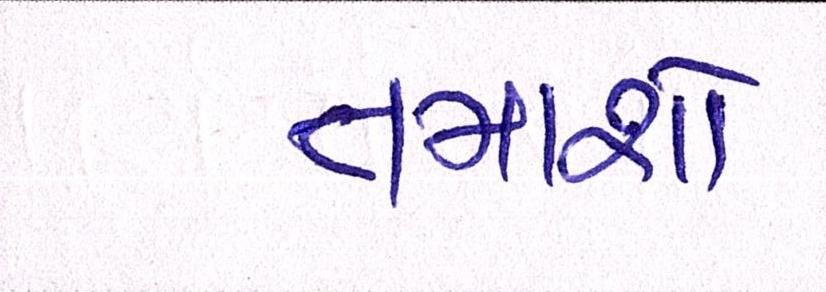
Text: તમાશો